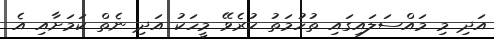
އަދި މި މައްސަލައިގައި ތުހުމަތު ކުރެވޭ މީހަކު އަދި ނެތް ކަމަށާއި އެ